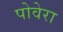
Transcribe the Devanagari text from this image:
पोवेरा